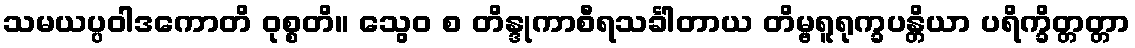
သမယပ္ပဝါဒကောတိ ဝုစ္စတိ။ သွေဝ စ တိန္ဒုကာစီရသင်္ခါတာယ တိမ္ဗရူရုက္ခပန္တိယာ ပရိက္ခိတ္တတ္တာ